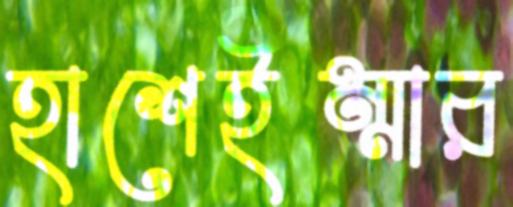
হাশেইম্মার